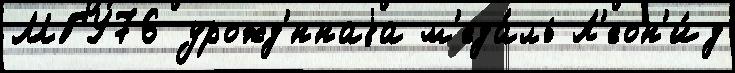
МГУ76 урожд'́ннаjа м'еда́ль Л'еон'и́д